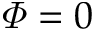
\varPhi = 0